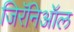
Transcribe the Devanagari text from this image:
जिरॅनिऑल